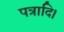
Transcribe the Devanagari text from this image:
पत्रादि।